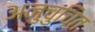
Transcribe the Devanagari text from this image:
अनुचुचित